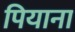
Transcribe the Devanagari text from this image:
पियाना